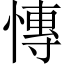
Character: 慱